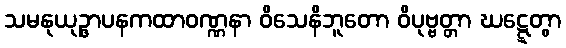
သမနုယုဉ္ဇာပနကထာဝဏ္ဏနာ ဝိသေနိဘူတော ဝိပုဗ္ဗတ္တာ ဃဋ္ဋေတွာ